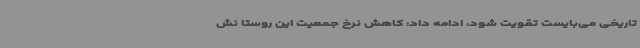
تاریخی می‌بایست تقویت شود، ادامه داد: کاهش نرخ جمعیت این روستا نش